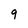
Character: 9